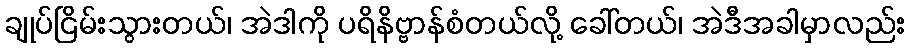
ချုပ်ငြိမ်းသွားတယ်၊ အဲဒါကို ပရိနိဗ္ဗာန်စံတယ်လို့ ခေါ်တယ်၊ အဲဒီအခါမှာလည်း